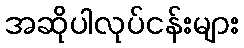
အဆိုပါလုပ်ငန်းများ